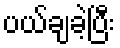
ပယ်ချခဲ့ပြီး